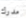
مدرك